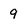
Character: 9